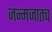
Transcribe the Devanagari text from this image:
जन्मजातच